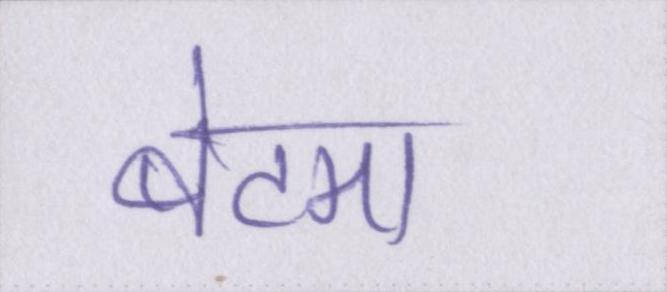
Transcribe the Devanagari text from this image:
बेटमा